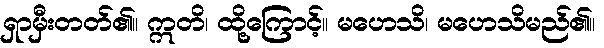
ရှာမှီးတတ်၏။ ဣတိ၊ ထို့ကြောင့်။ မဟေသိ၊ မဟေသိမည်၏။